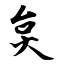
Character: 炱